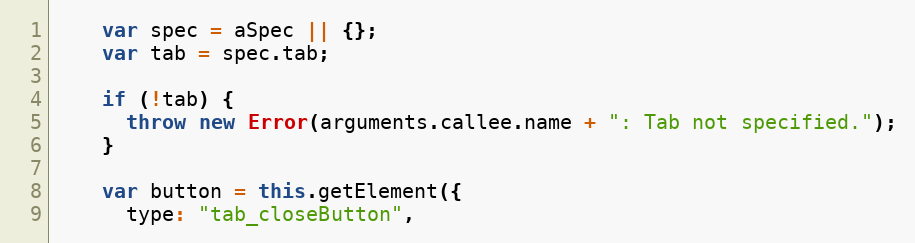
Language: JavaScript
    var spec = aSpec || {};
    var tab = spec.tab;

    if (!tab) {
      throw new Error(arguments.callee.name + ": Tab not specified.");
    }

    var button = this.getElement({
      type: "tab_closeButton",